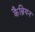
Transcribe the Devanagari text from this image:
कैब्रियन